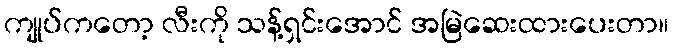
ကျုပ်ကတော့ လီးကို သန့်ရှင်းအောင် အမြဲဆေးထားပေးတာ။